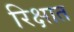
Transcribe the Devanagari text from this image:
रिक्षात